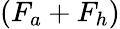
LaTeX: (F_{a}+F_{h})